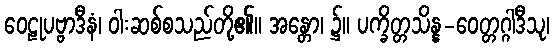
ဝေဠုပဗ္ဗာဒီနံ၊ ဝါးဆစ်စသည်တို့၏။ အန္တော၊ ၌။ ပက္ခိတ္တသိန္န-ဝေတ္တဂ္ဂါဒီသု၊